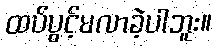
ထပ်ပွင့်မလာခဲ့ပါဘူး။